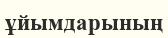
ұйымдарының